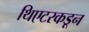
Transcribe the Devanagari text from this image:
थिएटरकडून